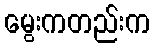
မွေးကတည်းက